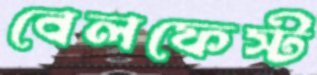
বেলফেস্ট